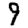
Digit: 9